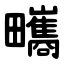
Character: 㽯